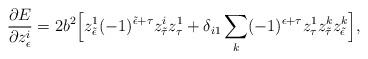
LaTeX: \begin{align*}\frac{\partial E}{\partial z^i_{\epsilon}}=2b^2\Big[z^1_{\tilde{\epsilon}}(-1)^{{\tilde{\epsilon}}+\tau}z^i_{\tilde{\tau}}z^1_{\tau}+\delta_{i1}\sum\limits_{k}^{}(-1)^{\epsilon +\tau}z^1_{\tau}z^k_{\tilde{\tau}}z^k_{\tilde{\epsilon}}\Big],\end{align*}